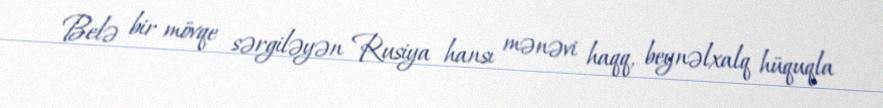
Belə bir mövqe sərgiləyən Rusiya hansı mənəvi haqq, beynəlxalq hüquqla